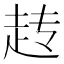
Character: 𬦆